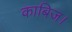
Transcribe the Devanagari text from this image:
काबिज।